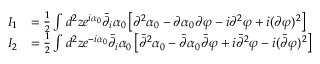
\begin{array} { r l } { I _ { 1 } } & { = \frac { 1 } { 2 } \int d ^ { 2 } z e ^ { i \alpha _ { 0 } } \bar { \partial } _ { i } \alpha _ { 0 } \left[ \partial ^ { 2 } \alpha _ { 0 } - \partial \alpha _ { 0 } \partial \varphi - i \partial ^ { 2 } \varphi + i ( \partial \varphi ) ^ { 2 } \right] } \\ { I _ { 2 } } & { = \frac { 1 } { 2 } \int d ^ { 2 } z e ^ { - i \alpha _ { 0 } } \bar { \partial } _ { i } \alpha _ { 0 } \left[ \bar { \partial } ^ { 2 } \alpha _ { 0 } - \bar { \partial } \alpha _ { 0 } \bar { \partial } \varphi + i \bar { \partial } ^ { 2 } \varphi - i ( \bar { \partial } \varphi ) ^ { 2 } \right] } \end{array}